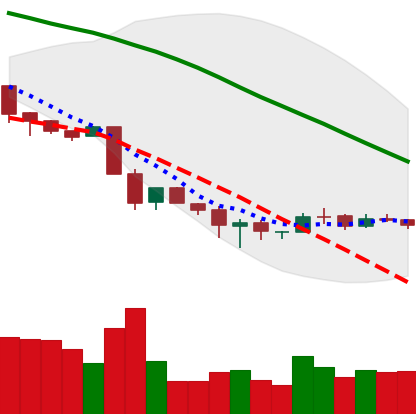
Ticker: BNB-USD
Chart end date: 2018-12-03
Forward return: -8.002%
Label: down_7plus